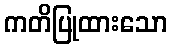
ကတိပြုထားသော